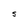
Character: S